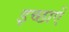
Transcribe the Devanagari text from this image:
इच्‍छाएँ